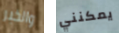
والخبر يمكنني